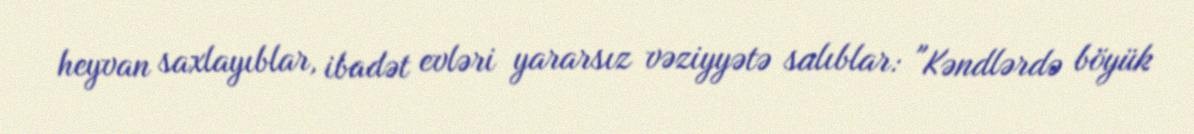
heyvan saxlayıblar, ibadət evləri yararsız vəziyyətə salıblar: "Kəndlərdə böyük